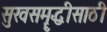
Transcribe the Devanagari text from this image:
सुखसमॄद्धीसाठी